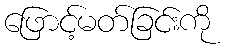
ဖြောင့်မတ်ခြင်းကို